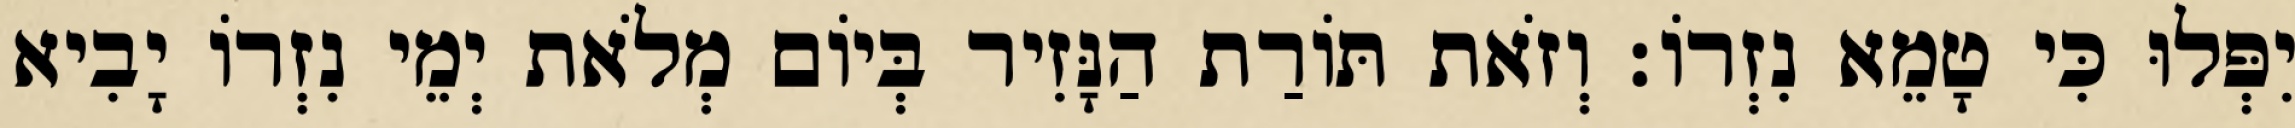
יִפְּלוּ כִּי טָמֵא נִזְרוֹ׃ וְזֹאת תּוֹרַת הַנָּזִיר בְּיוֹם מְלֹאת יְמֵי נִזְרוֹ יָבִיא